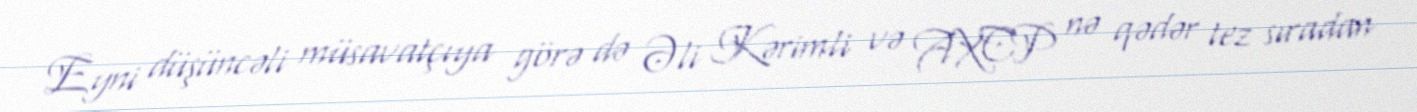
Eyni düşüncəli müsavatçıya görə də Əli Kərimli və AXCP nə qədər tez sıradan